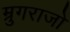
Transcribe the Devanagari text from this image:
म्रुगराजो